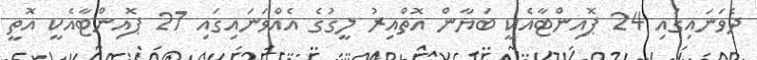
ދެވަނައިގައި 24 ޕޮއިންޓާއެކީ ބަޔާން އޮތްއިރު ލީގުގެ އެއްވަނައިގައި 27 ޕޮއިންޓާއެކީ އޮތީ